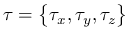
\boldsymbol { \tau } = \left\{ \tau _ { x } , \tau _ { y } , \tau _ { z } \right\}